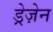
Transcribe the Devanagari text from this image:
ड्रेज़ेन